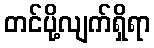
တင်ပို့လျက်ရှိရာ